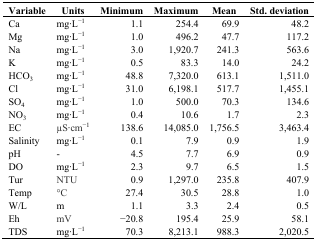
| Variable | Units | Minimum | Maximum | Mean | Std. deviation |
 | --- | --- | --- | --- | --- | --- |
 | Ca | mg·L−1 | 1.1 | 254.4 | 69.9 | 48.2 |
 | Mg | mg·L−1 | 1.0 | 496.2 | 47.7 | 117.2 |
 | Na | mg·L−1 | 3.0 | 1,920.7 | 241.3 | 563.6 |
 | K | mg·L−1 | 0.5 | 83.3 | 14.0 | 24.2 |
 | HCO3 | mg·L−1 | 48.8 | 7,320.0 | 613.1 | 1,511.0 |
 | Cl | mg·L−1 | 31.0 | 6,198.1 | 517.7 | 1,455.1 |
 | SO4 | mg·L−1 | 1.0 | 500.0 | 70.3 | 134.6 |
 | NO3 | mg·L−1 | 0.4 | 10.6 | 1.7 | 2.3 |
 | EC | μS·cm−1 | 138.6 | 14,085.0 | 1,756.5 | 3,463.4 |
 | Salinity | mg·L−1 | 0.1 | 7.9 | 0.9 | 1.9 |
 | pH | - | 4.5 | 7.7 | 6.9 | 0.9 |
 | DO | mg·L−1 | 2.3 | 9.7 | 6.5 | 1.5 |
 | Tur | NTU | 0.9 | 1,297.0 | 235.8 | 407.9 |
 | Temp | °C | 27.4 | 30.5 | 28.8 | 1.0 |
 | W/L | m | 1.1 | 3.3 | 2.4 | 0.5 |
 | Eh | mV | −20.8 | 195.4 | 25.9 | 58.1 |
 | TDS | mg·L−1 | 70.3 | 8,213.1 | 988.3 | 2,020.5 |